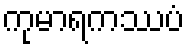
ကုမာရကဿပံ